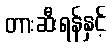
တားဆီးရန်နှင့်